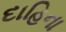
દાહિના